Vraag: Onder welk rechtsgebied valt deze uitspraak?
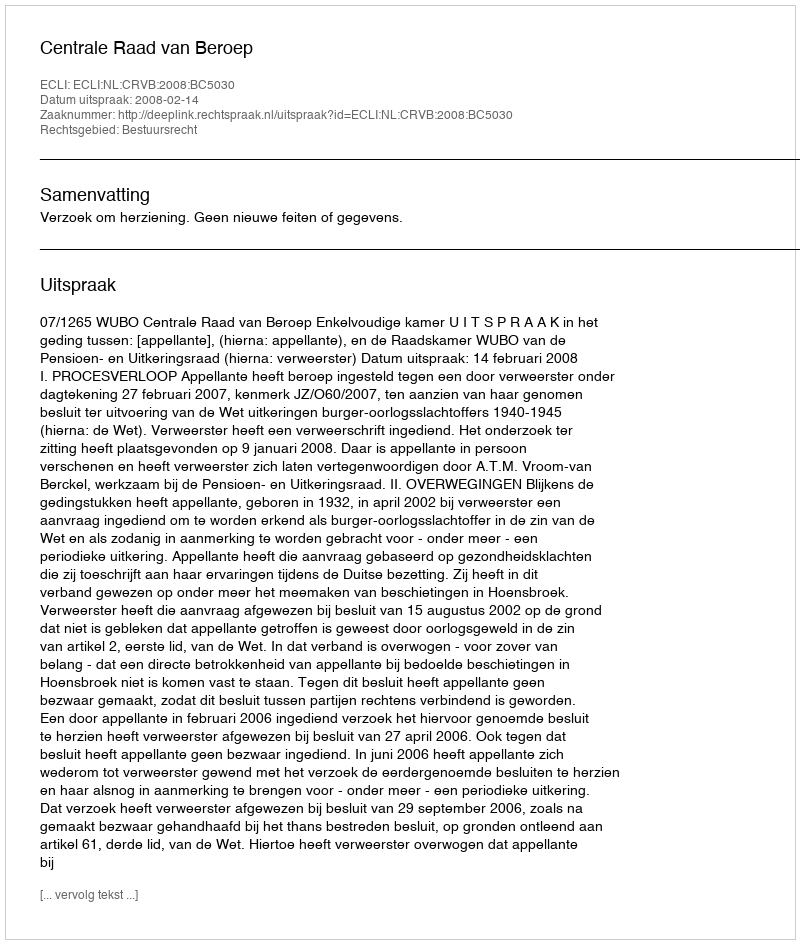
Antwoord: Bestuursrecht